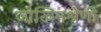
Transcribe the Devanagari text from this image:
जोखिमश्रेणी